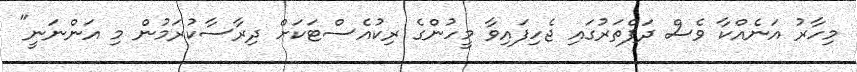
މިހާރު އަނެއްކާ ވެސް ދަފްތަރުގައި ޖެހިފައިވާ މީހުންގެ ރިކުއެސްޓަކަށް ދިރާސާކުރަމުން މި އަންނަނީ"